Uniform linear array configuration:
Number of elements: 16
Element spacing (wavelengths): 0.25
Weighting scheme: hann
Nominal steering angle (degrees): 60
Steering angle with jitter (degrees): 58.78
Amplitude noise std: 0.05
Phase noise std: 0.05

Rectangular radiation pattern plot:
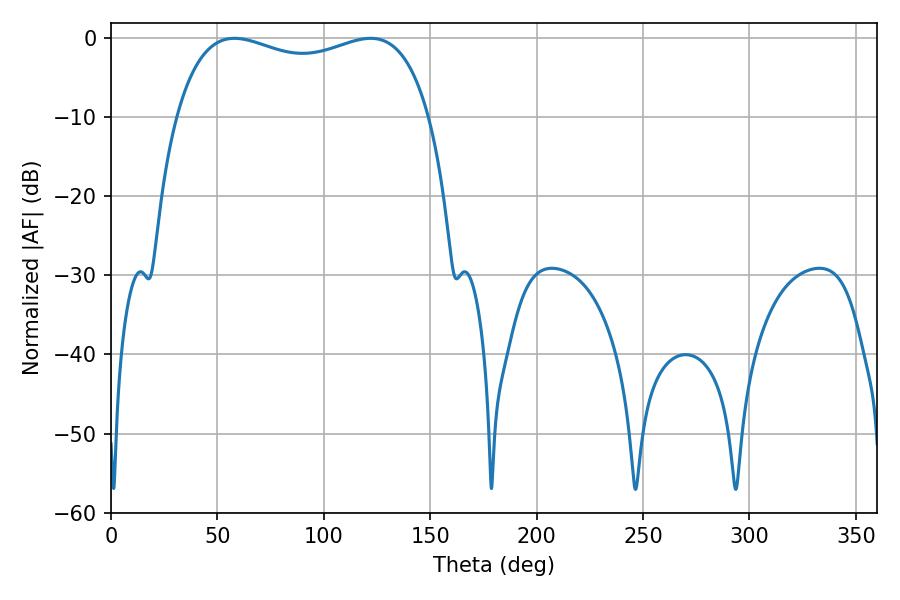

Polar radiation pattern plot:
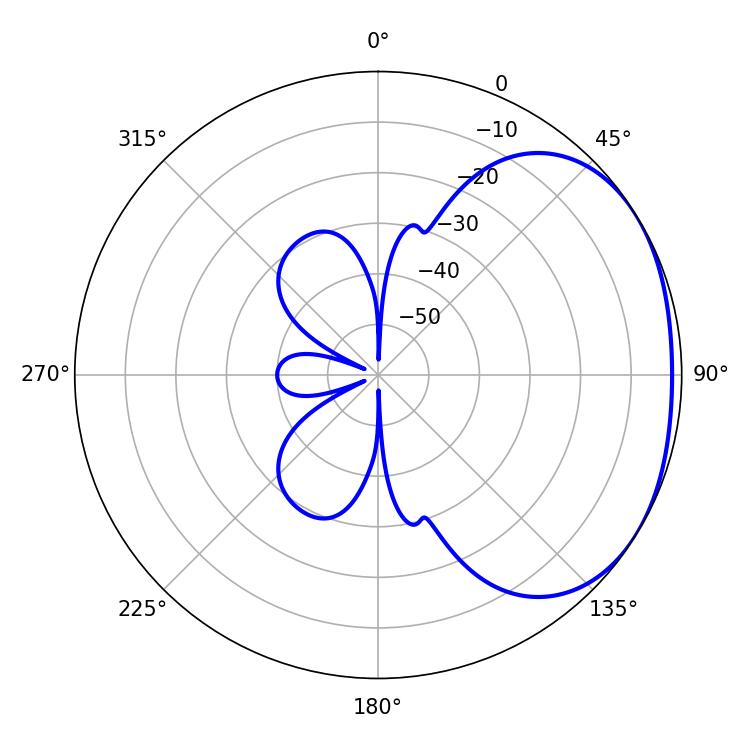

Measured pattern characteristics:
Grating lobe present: FALSE
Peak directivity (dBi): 1.92
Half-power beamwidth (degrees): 97.56
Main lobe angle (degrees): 57.96